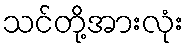
သင်တို့အားလုံး